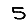
Digit: 5